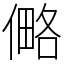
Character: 㑼